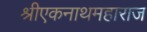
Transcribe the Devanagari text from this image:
श्रीएकनाथमहाराज